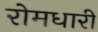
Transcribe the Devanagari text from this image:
रोमधारी